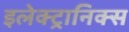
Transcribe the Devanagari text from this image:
इलेक्ट्रानिक्स